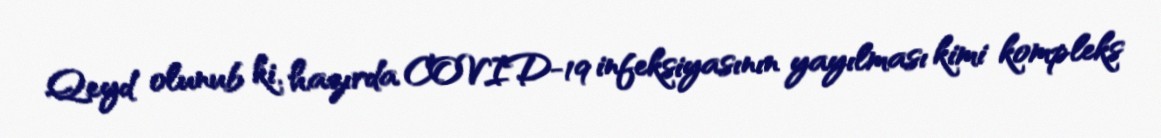
Qeyd olunub ki, hazırda COVID-19 infeksiyasının yayılması kimi kompleks